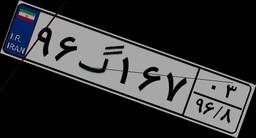
۷۲گ۰۱۹۳۱